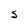
Character: S